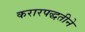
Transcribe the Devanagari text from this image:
करारपद्धतीने